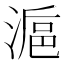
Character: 𣺣